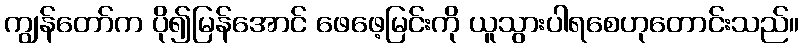
ကျွန်တော်က ပို၍မြန်အောင် ဖေဖေ့မြင်းကို ယူသွားပါရစေဟုတောင်းသည်။